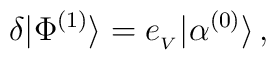
\delta|\Phi^{(1)}\rangle=e_{_V}|\alpha^{(0)}\rangle\,,